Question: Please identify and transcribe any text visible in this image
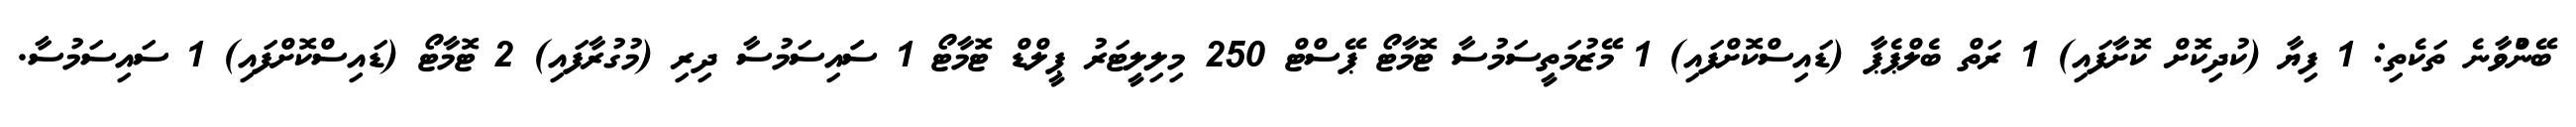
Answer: ބޭނުްވާނެ ތަކެތި: 1 ފިޔާ (ކުދިކޮށް ކޮށާފައި) 1 ރަތް ބެލްޕެޕާ (ޑައިސްކޮށްފައި) 1 މޭޒުމަތީސަމުސާ ޓޮމާޓޯ ޕޭސްޓް 250 މިލިލީޓަރު ޕީލްޑް ޓޮމާޓޯ 1 ސަައިސަމުސާ ދިރި (މުގުރާފައި) 2 ޓޮމާޓޯ (ޑައިސްކޮށްފައި) 1 ސައިސަމުސާ.